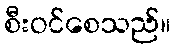
စီးဝင်စေသည်။